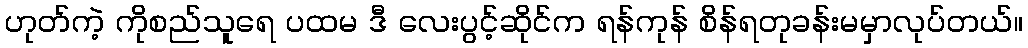
ဟုတ်ကဲ့ ကိုစည်သူရေ ပထမ ဒီ လေးပွင့်ဆိုင်က ရန်ကုန် စိန်ရတုခန်းမမှာလုပ်တယ်။